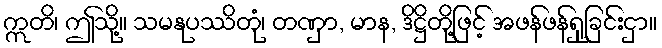
ဣတိ၊ ဤသို့။ သမနုပဿိတုံ၊ တဏှာ, မာန, ဒိဋ္ဌိတို့ဖြင့် အဖန်ဖန်ရှုခြင်းငှာ။